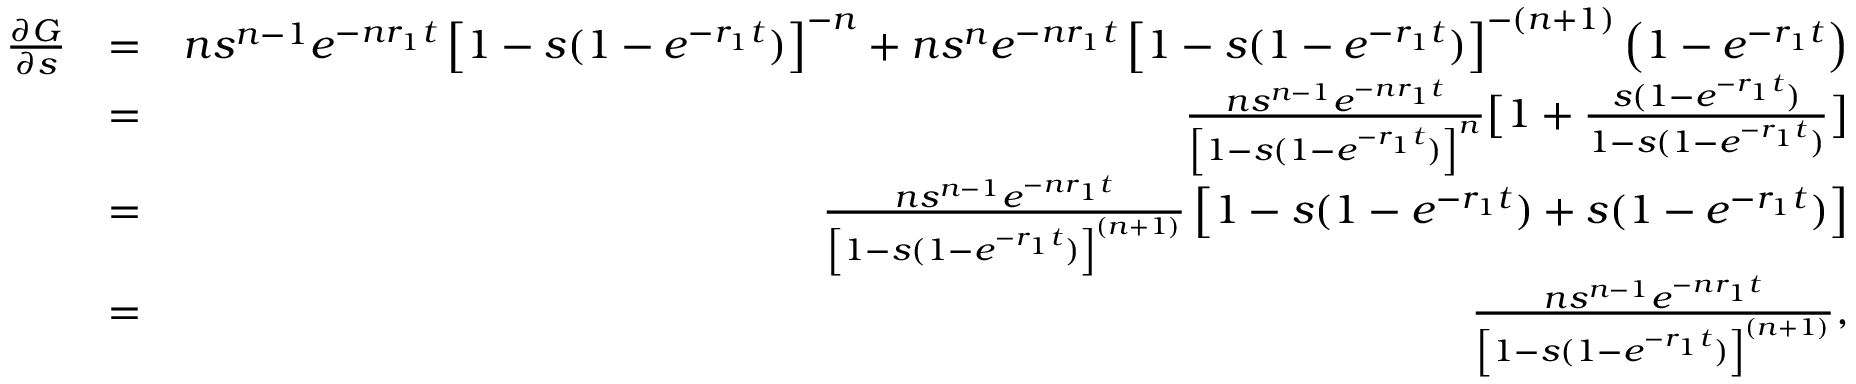
\begin{array} { r l r } { \frac { \partial G } { \partial s } } & { = } & { n s ^ { n - 1 } e ^ { - n r _ { 1 } t } \left[ 1 - s ( 1 - e ^ { - r _ { 1 } t } ) \right] ^ { - n } + n s ^ { n } e ^ { - n r _ { 1 } t } \left[ 1 - s ( 1 - e ^ { - r _ { 1 } t } ) \right] ^ { - ( n + 1 ) } \left( 1 - e ^ { - r _ { 1 } t } \right) } \\ & { = } & { \frac { n s ^ { n - 1 } e ^ { - n r _ { 1 } t } } { \left[ 1 - s ( 1 - e ^ { - r _ { 1 } t } ) \right] ^ { n } } \big [ 1 + \frac { s ( 1 - e ^ { - r _ { 1 } t } ) } { 1 - s ( 1 - e ^ { - r _ { 1 } t } ) } \big ] } \\ & { = } & { \frac { n s ^ { n - 1 } e ^ { - n r _ { 1 } t } } { \left[ 1 - s ( 1 - e ^ { - r _ { 1 } t } ) \right] ^ { ( n + 1 ) } } \left[ 1 - s ( 1 - e ^ { - r _ { 1 } t } ) + s ( 1 - e ^ { - r _ { 1 } t } ) \right] } \\ & { = } & { \frac { n s ^ { n - 1 } e ^ { - n r _ { 1 } t } } { \left[ 1 - s ( 1 - e ^ { - r _ { 1 } t } ) \right] ^ { ( n + 1 ) } } , } \end{array}